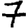
Digit: 7